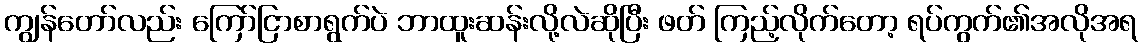
ကျွန်တော်လည်း ကြော်ငြာစာရွက်ပဲ ဘာထူးဆန်းလို့လဲဆိုပြီး ဖတ် ကြည့်လိုက်တော့ ရပ်ကွက်၏အလိုအရ